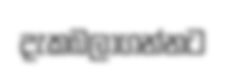
දැකබලාගන්නට